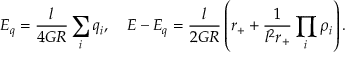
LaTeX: E _ { q } = \frac { l } { 4 G R } \sum _ { i } q _ { i } , \ \ \ E - E _ { q } = \frac { l } { 2 G R } \left( r _ { + } + \frac { 1 } { l ^ { 2 } r _ { + } } \prod _ { i } \rho _ { i } \right) .